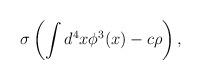
LaTeX: \begin{align*}\sigma \left(\int d^4x\phi ^3(x)-c \rho \right),\end{align*}